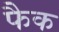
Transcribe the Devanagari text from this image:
फैक